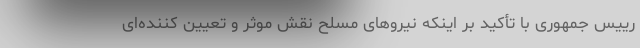
رییس جمهوری با تأکید بر اینکه نیروهای مسلح نقش موثر و تعیین کننده‌ای